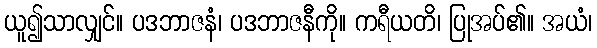
ယူ၍သာလျှင်။ ပဒဘာဇနံ၊ ပဒဘာဇနီကို။ ကရီယတိ၊ ပြုအပ်၏။ အယံ၊